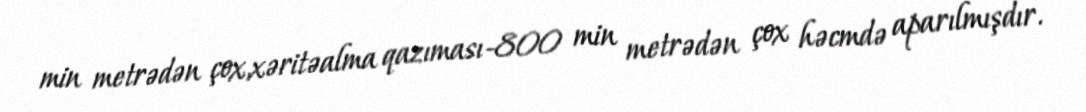
min metrədən çox,xəritəalma qazıması-800 min metrədən çox həcmdə aparılmışdır.